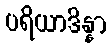
ပရိယာဒိန္နာ